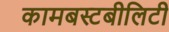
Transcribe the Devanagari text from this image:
कामबस्टबीलिटी